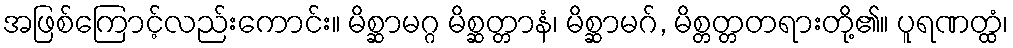
အဖြစ်ကြောင့်လည်းကောင်း။ မိစ္ဆာမဂ္ဂ မိစ္ဆတ္တာနံ၊ မိစ္ဆာမဂ်, မိစ္တတ္တတရားတို့၏။ ပူရဏတ္ထံ၊